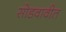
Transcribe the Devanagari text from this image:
सोडवावीत